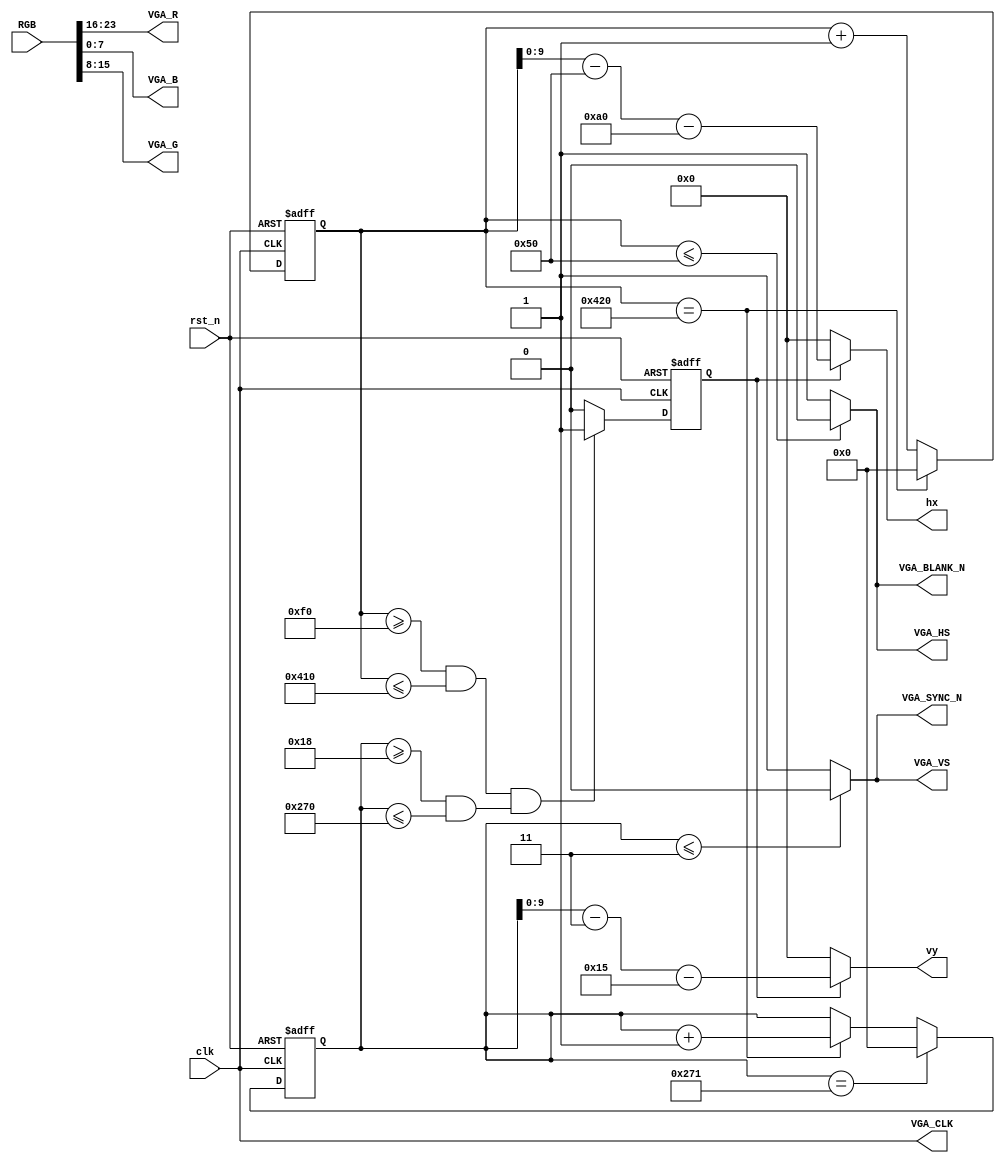
/* ==================================================================
* Family:				Cyclone V
* Device:				5CSEMA5F31C6
* Stage:				   DE1-SOC			
* Version:				Quartus II 64-Bit Version & 13.1.0 Build 162 10/23/2013 SJ Full Version
* Address:				Lab
* Data:					2017/
* Function:				VGA
* 
* ==================================================================*/

module vga_drive(
	
	input wire 			clk,	
	input	wire			rst_n,
	
	
	//vga
	input  wire [23:0] RGB,
	output wire 		 VGA_CLK,
	output wire 		 VGA_BLANK_N,VGA_SYNC_N,
	output wire [7:0]  VGA_R,VGA_B,VGA_G,
	output wire 		 VGA_HS,VGA_VS,
	output wire [9:0]  hx,vy
			


);


//====================================================================
// ********** Define Parameter and Internal Signals *************
//====================================================================
	//
	parameter H_END = 11'd1056;
	parameter HA = 11'd80,HB = 11'd160,HC = 11'd800,HD = 11'd16;
	
	parameter V_END = 11'd625;
	parameter VO = 11'd3,VP = 11'd21,VQ = 11'd600,VR = 11'd1;
	
	//
	parameter bmp_one_a1 = 11'd0;
	parameter bmp_one_a2 = 11'd800;
	parameter bmp_one_b1 = 11'd0;
	parameter bmp_one_b2 = 11'd600;



//====================================================================
// ************************* Main Code *************************
//====================================================================

	/*************************  ****************************/
 	//
	reg [10:0] hs_count;
	
	always @(posedge clk or negedge rst_n)
	begin 
		if(rst_n == 0)
			hs_count <= 11'd0;
		else if(hs_count == H_END)
			hs_count <= 1'd0;
		else 
			hs_count <= hs_count + 1'b1;
	end 
	
	//
	reg [10:0] vs_count;
	
	always @(posedge clk or negedge rst_n)
	begin 
		if(rst_n == 0)
			vs_count <= 11'd0;
		else if(vs_count == V_END)
			vs_count <= 11'b0;
		else if(hs_count == H_END)
			vs_count <= vs_count + 11'd1;
	end

	//
	reg isReady;
	
	always @(posedge clk or negedge rst_n)
	begin 
		if(rst_n == 0)
			isReady <= 1'b0;
		else if((hs_count >= HA + HB && hs_count <= HA + HB + HC) && (vs_count >= VO + VP && vs_count <= VO + VP + VQ))
			isReady <= 1'b1;
		else 
			isReady <= 1'b0;
	end 
	
	
	//
	wire hs,vs;
	
	assign hs = (hs_count <= HA)?1'b0:1'b1;		//
	assign vs = (vs_count <= VO)?1'b0:1'b1;
	
	
	
	/*************************  ****************************/
	//
	//wire [9:0] hx,vy;
	
	assign hx = isReady?(hs_count - HA - HB):10'd0;
	assign vy = isReady?(vs_count - VO - VP):10'd0;
	
	
	//
	assign VGA_B = RGB[7:0];
	assign VGA_G = RGB[15:8];
	assign VGA_R = RGB[23:16];
	
	assign VGA_CLK = clk;
	assign VGA_BLANK_N = hs;
	assign VGA_SYNC_N = vs;
	
	assign VGA_HS = hs;
	assign VGA_VS = vs;
	

endmodule